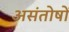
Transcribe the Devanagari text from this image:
असंतोषों